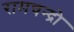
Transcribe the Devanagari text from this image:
रामचन्द्रो